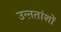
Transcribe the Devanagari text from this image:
उन्ऩतांशों